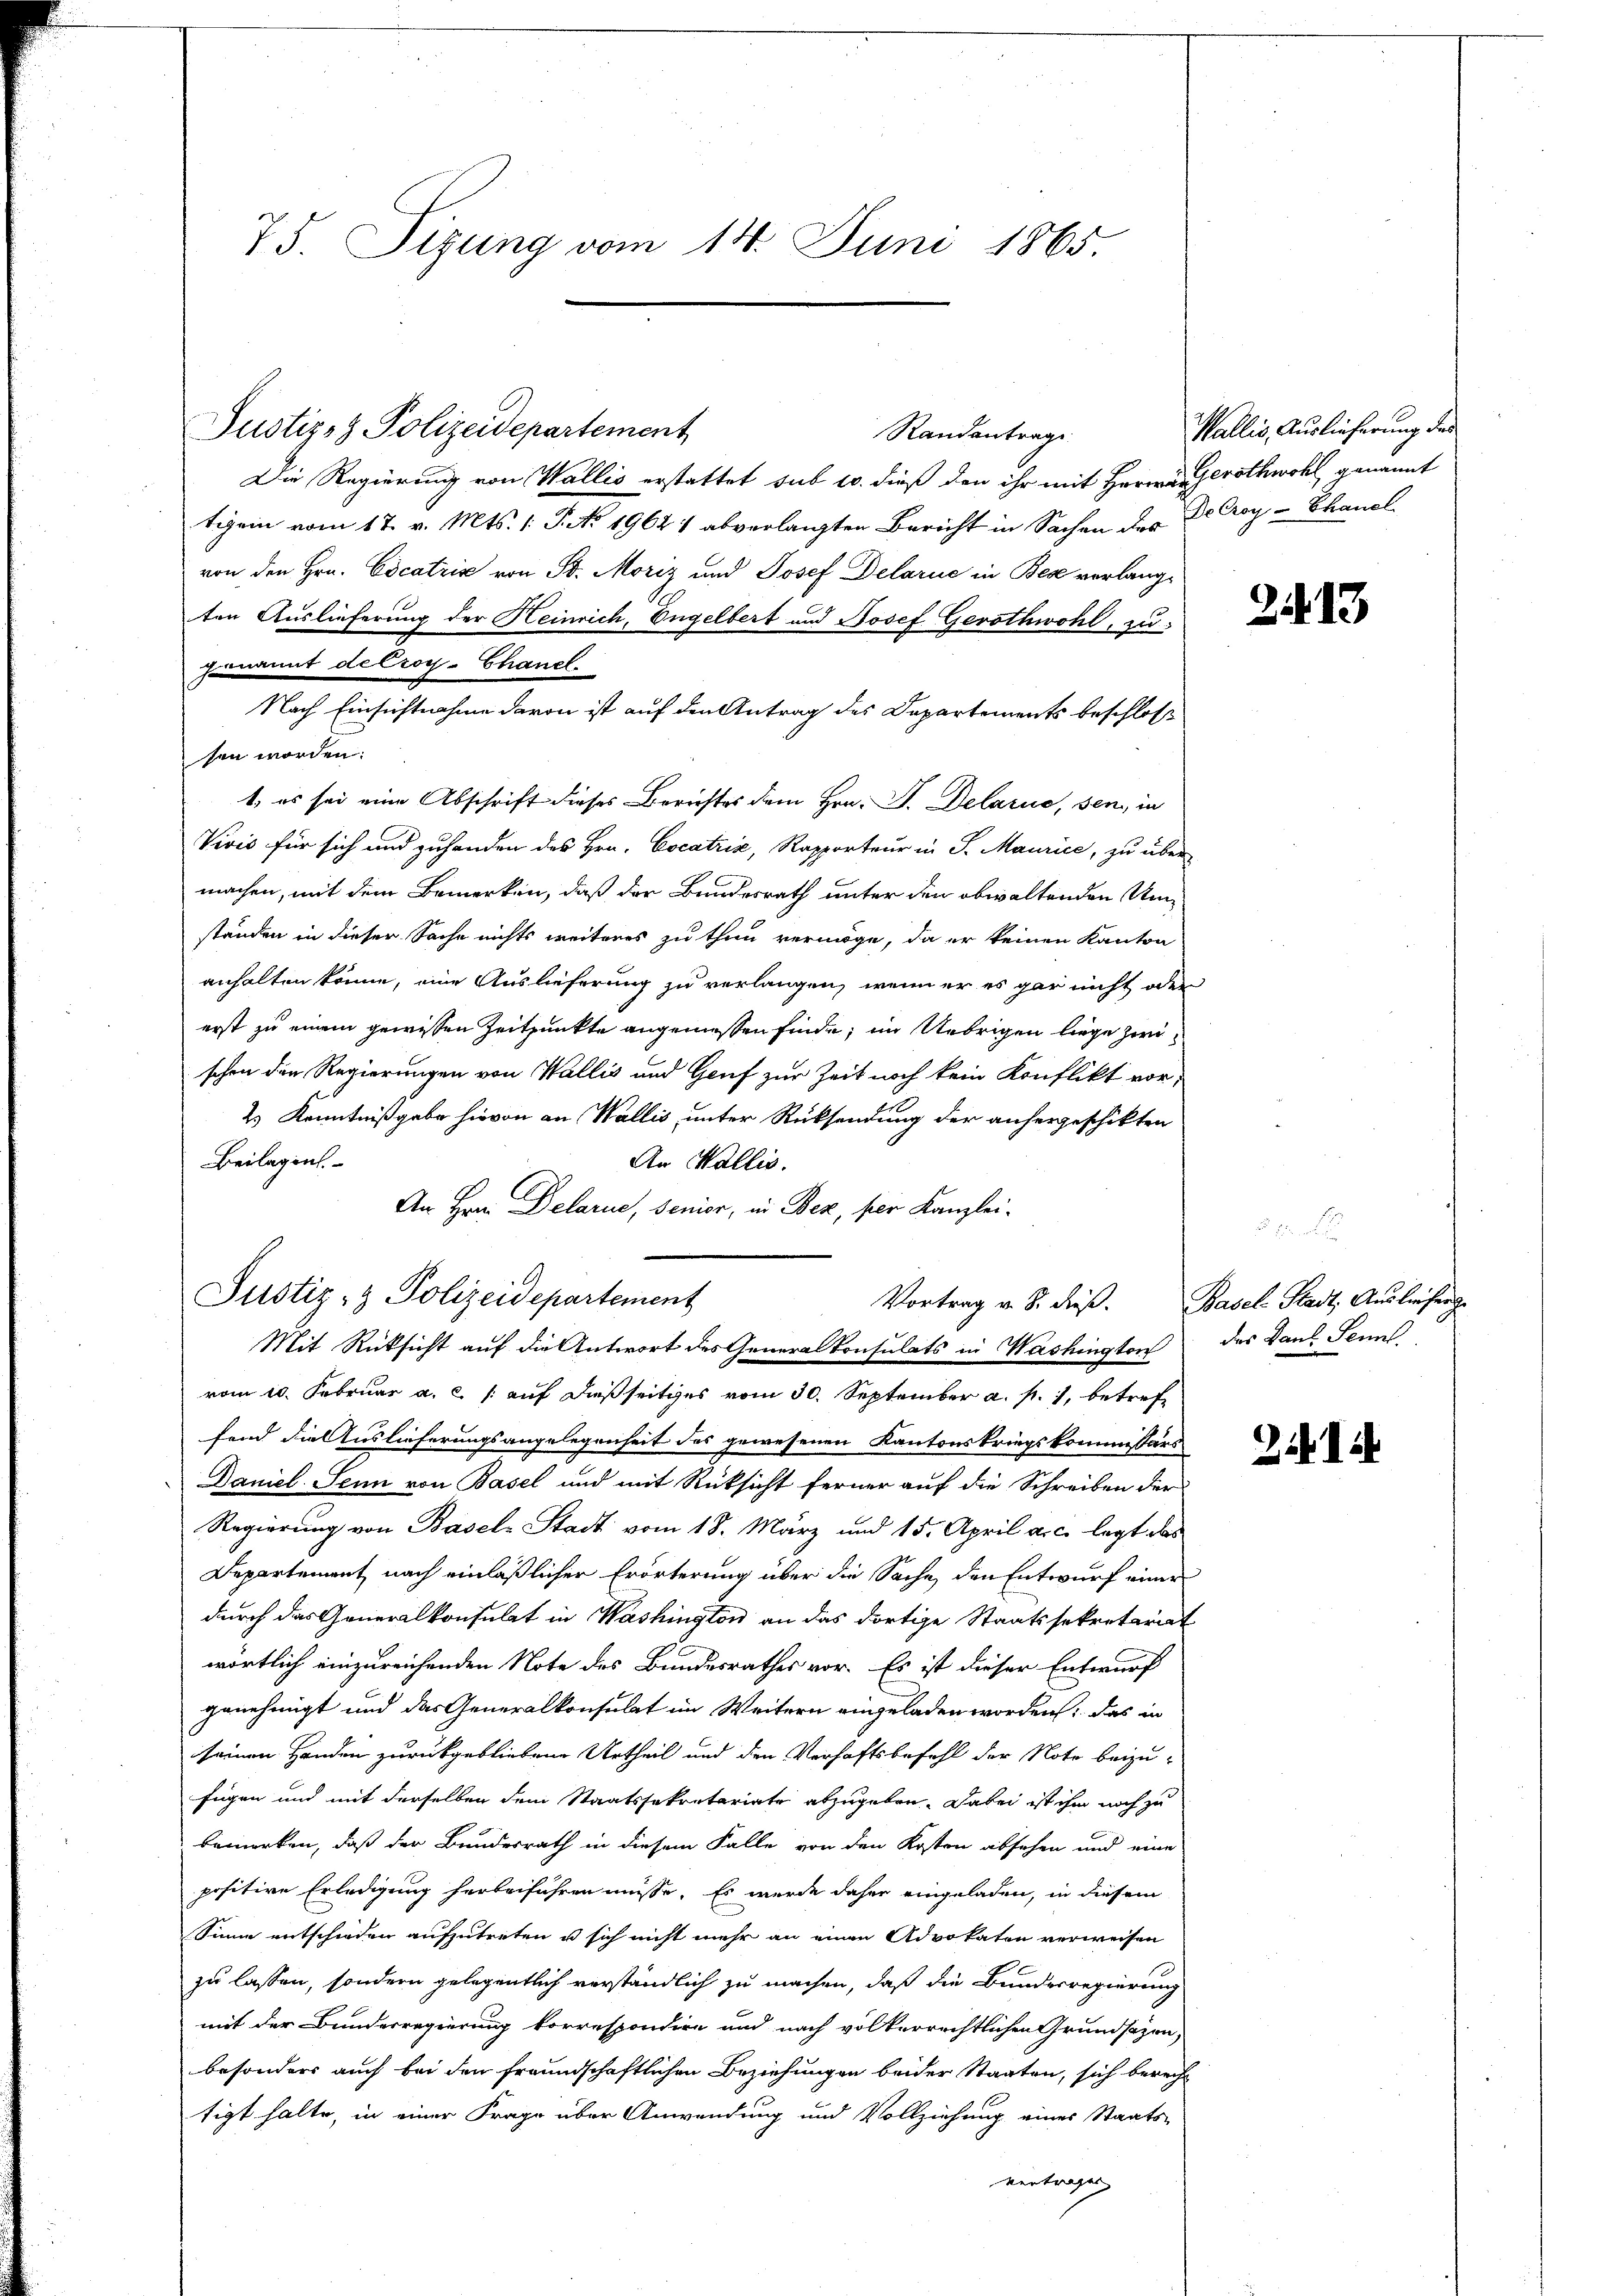
75. Sizung vom 14. Juni 1865.

Die Regierung von Wallis erstattet sub u. dieß den ihr mit Herrn Geroth wohl genannt
tigen vom 17. v. Mts. (: P. No 19621 abverlangten Bericht in Sachen des Dr Croy - handl
von den Hrn. Cocatris von St. Moriz und Josef Delarie in Bese verlangten Auslieferung der Heinrich, Engelbert und Josef Gerothwohl, zu
genannt de Croy-Chancl.
Nach Einsichtnahme davon ist auf den Antrag des Departements beschlosse
sen worden:
t, es sei eine Abschrift dieses Berichtes dem Hrn. F. Delarus, sen, in
Vivis für sich und zuhanden des Hrn. Cocatrix, Rapporteur in S. Maurice, zu übermachen, mit dem Bemerken, daß der Bundesrath unter den obwaltenden Umstanden in dieser Sache nichts weiteres zu thun vermöge, da er keinen Kanton
anhalten könne, eine Auslieferung zu verlangen, wenn er es gar nicht oder
erst zu einem gewissen Zeitpunkte angeniessen finde, im Uebrigen liege zwischen die Regierungen von Wallis und Genf zur Zeit noch kein Konflikt vor,
2 Kenntnißgabe hievon an Wallis, unter Rücksendung der anhergeschikten
Beilagen.
An Wallis.
An Hrn. Delarne, Senior, in Bez, per Kanzlei-
Mit Rücksicht auf die Antwort des Generalkonsulats in Washington
vom 10. Februar a. c. /: auf dießseitiges vom 30. September a. p. 1, betreffend die Auslieferungsangelegenheit des gewesenen Kantonskriegskommissärs
Daniel Senn von Basel und mit Rücksicht ferner auf die Schreiben der
Regierung von Basels Stadt vom 18. März und 15. April a. c. legt als
Departement nach einläßlicher Erörterung über die Sache, den Entwurf einer
durch das Generalkonsulat in Washington an das dortige Staatssekretariat
wörtlich einzureichenden Note des Bundesrathes vor. Es ist dieser Entwurf
genehmigt und das Generalkonsulat im Weitern eingeladen worden: das in
seinen Handen zurückgebliebene Urtheil und den Verhaftsbefehl der Note beizu-
fügen und mit derselben dem Staatssekretariate abzugeben. Dabei ist ihm noch zu
bemerken, daß der Bundesrath in diesem Falle von den Kosten absehen und eine
positive Erledigung herbeiführen müsse. Es wurde daher eingeladen, in diesem
Sinne entschieden aufzutreten u sich nicht mehr an einen Advokaten verweisen
zu lassen, sondern gelegentlich verständlich zu machen, daß die Bundesregierung
mit der Bunderregierung korrespondire und nach volkerrechtlichen Grundsazen,
besonders auch bei den freundschaftlichen Beziehungen beider Staaten, sich berecht
tigt halte, in einer Frage über Anwendung und Vollziehung eines Staats-
vertragen

Justiz- & Polizeidepartement

Justiz- & Polizeidepartement

Randantrage

Wallis, Auslieferung des

Vortrag u. S. dieβ. Basel Stadt, Ausliefer z

2413

das Paul Sennl.